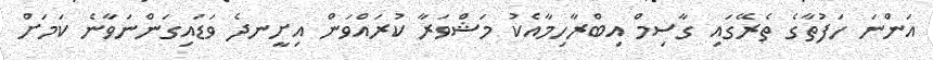
އަންނަ ހަފުތާގެ ތެރޭގައި ގާސިމް އިބްރާހިމާއެކު މަޝްވަރާ ކުރައްވަން އިށީނދެ ވަޑައިގަންނަވާނެ ކަމަށް